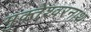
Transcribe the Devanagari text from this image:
मुक्तेश्वरनाथ